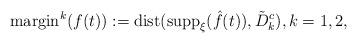
LaTeX: \begin{align*}\mbox{margin}^k(f(t)) := \mbox{dist}(\mbox{supp}_\xi (\hat f(t)), \tilde D_k^c), k=1,2, \end{align*}